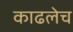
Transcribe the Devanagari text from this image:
काढलेच